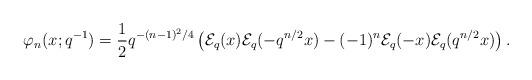
LaTeX: \begin{align*} \varphi_{n}(x;q^{-1})=\frac{1}{2}q^{-(n-1)^{2}/4}\left(\mathcal{E}_{q}(x)\mathcal{E}_{q}(-q^{n/2}x)-(-1)^{n}\mathcal{E}_{q}(-x)\mathcal{E}_{q}(q^{n/2}x)\right). \end{align*}